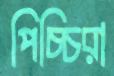
পিচ্চিরা